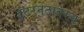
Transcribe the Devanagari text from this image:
इंटरनेटावरच